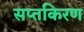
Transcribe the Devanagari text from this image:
सप्तकिरण